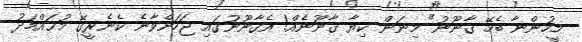
މީހުންނާ ބެހޭ ޤާނޫނު" މިނަން ކިޔާ ޤާނޫނެއް! އެޤާނޫނުގައި ޖަހަންވާނެ ކެނެރީގޭ މުޙައްމަދު